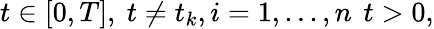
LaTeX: t\in[0,T],\ t\neq t_{k},i=1,...,n\, \ t>0,